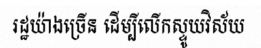
រដ្ឋយ៉ាងច្រើន ដើម្បីលើកស្ទូយវិស័យ